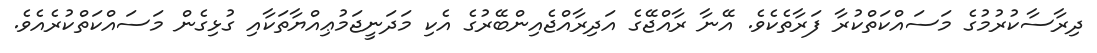
ދިރާސާކުރުމުގެ މަސައްކަތްކުރާ ފަރާތެކެވެ. އޭނާ ރާއްޖޭގެ އަދިރާއްޖެއިންބޭރުގެ އެކި މަދަނީޖަމުޢިއްޔާތަކާއި ގުޅިގެން މަސައްކަތްކުރެއެވެ.